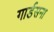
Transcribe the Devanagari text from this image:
गार्डसना